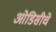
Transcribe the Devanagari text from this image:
ओडिसीचे